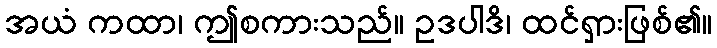
အယံ ကထာ၊ ဤစကားသည်။ ဥဒပါဒိ၊ ထင်ရှားဖြစ်၏။